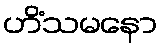
ဟိံသမနော